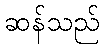
ဆန်သည်